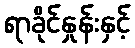
ရာခိုင်နှုန်းနှင့်